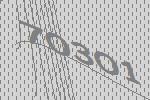
70301